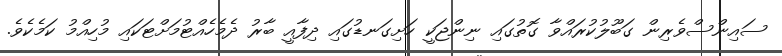
ސައިންސްވެރިން ގަބޫލުކުރައްވާ ގޮތުގައި ނިންޖަކީ ހަށިގަނޑުގައި ދިފާއީ ބާރު ދެމެހެއްޓުމަށްޓަކައި މުހިއްމު ކަމެކެވެ.